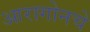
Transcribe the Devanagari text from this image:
आरागोनचे